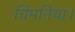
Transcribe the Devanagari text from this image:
चिमनिया।